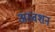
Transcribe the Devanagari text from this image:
अस्वशन